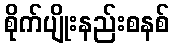
စိုက်ပျိုးနည်းစနစ်